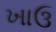
ખાઉ